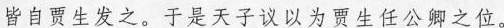
皆自贾生发之。于是天子议以为贾生任公卿之位。